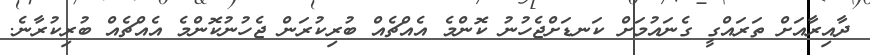
ދާއިރާއަށް ތަރައްގީ ގެނައުމަށް ކަނޑަށްޖެހުނު ކޮންމެ އެއްޗެއް ބުރިކުރަން ޖެހުނުކޮންމެ އެއްޗެއް ބުރިކުރާނެ.